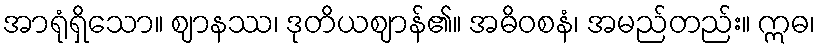
အာရုံရှိသော။ ဈာနဿ၊ ဒုတိယဈာန်၏။ အဓိဝစနံ၊ အမည်တည်း။ ဣဓ၊